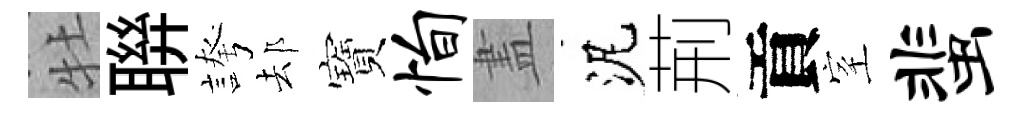
牡聨誇𨚫寶恂𥁞泥荊貢室蜚